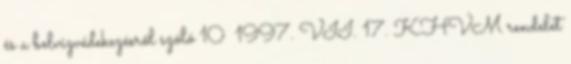
és a belvízvédekezésről szóló 10 1997. VII. 17. KHVM rendelet